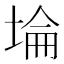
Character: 埨